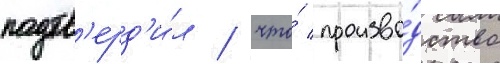
подтв'ерд'и́л / что́ произво́дство